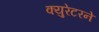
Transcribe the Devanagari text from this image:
क्युरेटरने